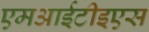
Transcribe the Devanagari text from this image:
एमआईटीइएस